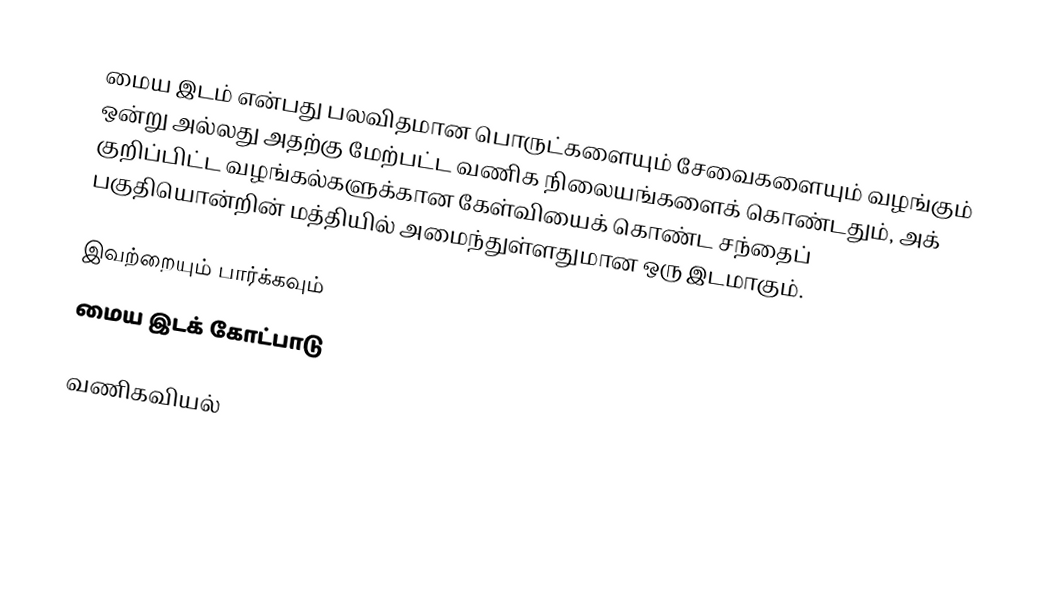
மைய இடம் என்பது பலவிதமான பொருட்களையும் சேவைகளையும் வழங்கும் ஒன்று அல்லது அதற்கு மேற்பட்ட வணிக நிலையங்களைக் கொண்டதும், அக் குறிப்பிட்ட வழங்கல்களுக்கான கேள்வியைக் கொண்ட சந்தைப் பகுதியொன்றின் மத்தியில் அமைந்துள்ளதுமான ஒரு இடமாகும்.

இவற்றையும் பார்க்கவும்
 மைய இடக் கோட்பாடு

வணிகவியல்